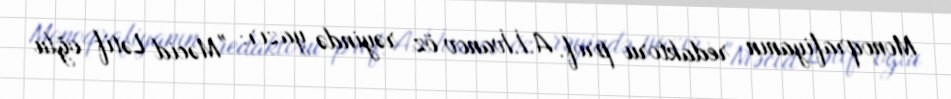
Monoqrafiyanın redaktoru prof. A.İ.İvanov öz rəyində yazır: "Məcid Lətif oğlu